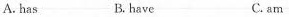
A.has B.have C.am